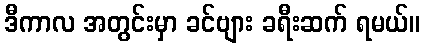
ဒီကာလ အတွင်းမှာ ခင်ဗျား ခရီးဆက် ရမယ်။